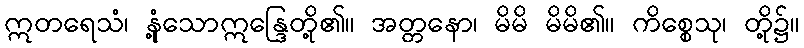
ဣတရေသံ၊ နုံ့သောဣန္ဒြေတို့၏။ အတ္တနော၊ မိမိ မိမိ၏။ ကိစ္စေသု၊ တို့၌။